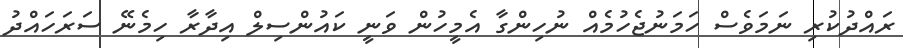
ރައްދުކުރި ނަމަވެސް ހަމަނުޖެހުމެއް ނުހިންގާ އެމީހުން ވަނީ ކައުންސިލް އިދާރާ ހިމެނޭ ސަރަހައްދު